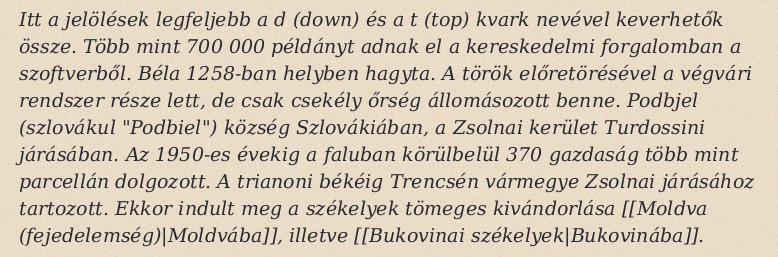
Itt a jelölések legfeljebb a d (down) és a t (top) kvark nevével keverhetők össze. Több mint 700 000 példányt adnak el a kereskedelmi forgalomban a szoftverből. Béla 1258-ban helyben hagyta. A török előretörésével a végvári rendszer része lett, de csak csekély őrség állomásozott benne. Podbjel (szlovákul "Podbiel") község Szlovákiában, a Zsolnai kerület Turdossini járásában. Az 1950-es évekig a faluban körülbelül 370 gazdaság több mint parcellán dolgozott. A trianoni békéig Trencsén vármegye Zsolnai járásához tartozott. Ekkor indult meg a székelyek tömeges kivándorlása [[Moldva (fejedelemség)|Moldvába]], illetve [[Bukovinai székelyek|Bukovinába]].